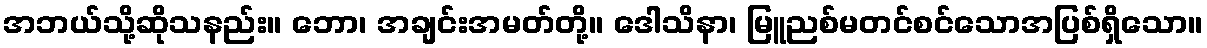
အဘယ်သို့ဆိုသနည်း။ ဘော၊ အချင်းအမတ်တို့။ ဒေါသိနာ၊ မြူညစ်မတင်စင်သောအပြစ်ရှိသော။